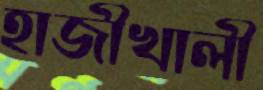
হাজীখালী